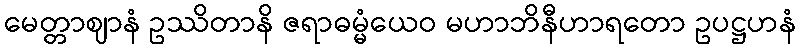
မေတ္တာဈာနံ ဥဿိတာနိ ဇရာဓမ္မံယေဝ မဟာဘိနီဟာရတော ဥပဋ္ဌဟနံ